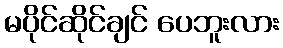
မပိုင်ဆိုင်ချင် ပေဘူးလား